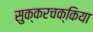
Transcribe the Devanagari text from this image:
सुक्करचक्किया